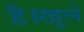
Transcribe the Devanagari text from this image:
है।खुले